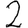
Digit: 2